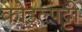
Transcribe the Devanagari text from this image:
कोइल्पट्टी